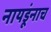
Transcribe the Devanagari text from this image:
नायडूंनाच